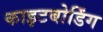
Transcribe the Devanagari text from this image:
काइटबोर्डिंग